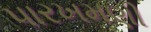
પારખમણી